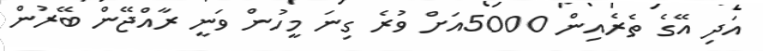
އަދި އޭގެ ތެރެއިން 5000އަށް ވުރެ ގިނަ މީހުން ވަނީ ރާއްޖޭން ބޭރުން